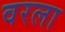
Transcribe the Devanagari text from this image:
वरला